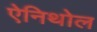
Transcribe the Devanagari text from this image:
ऐनिथोल